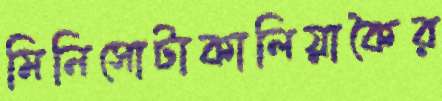
মিনিসোটাকালিয়াকৈর